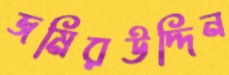
জমিরউদ্দিন